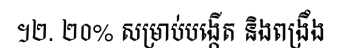
។២. ២០% សម្រាប់បង្កើត និងពង្រឹង